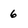
Character: 6